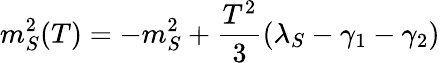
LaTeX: m_{S}^{2}(T)=-m_{S}^{2}+{\frac{T^{2}}{3}}(\lambda_{S}-\gamma_{1}-\gamma_{2})